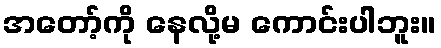
အတော့်ကို နေလို့မ ကောင်းပါဘူး။